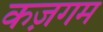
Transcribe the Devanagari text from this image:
कज़गम